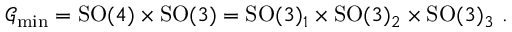
\mathcal { G } _ { \mathrm { m i n } } = \mathrm { S O } ( 4 ) \times \mathrm { S O } ( 3 ) = \mathrm { S O } ( 3 ) _ { 1 } \times \mathrm { S O } ( 3 ) _ { 2 } \times \mathrm { S O } ( 3 ) _ { 3 } ~ .